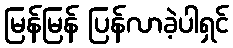
မြန်မြန် ပြန်လာခဲ့ပါရှင်